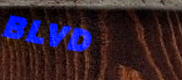
BLVD